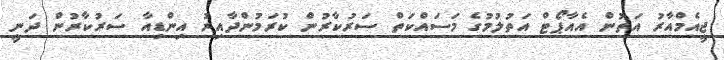
ޖީއެމްއާރު އަތުން އެއާޕޯޓް އަތުލުމުގެ މަސައްކަތް ސަރުކާރުން ކުރަމުންދާއިރު އިންޑިއާ ސަރުކާރުން ދަނީ